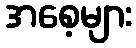
အစေ့များ